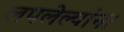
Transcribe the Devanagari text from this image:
लपलेल्‍यांना